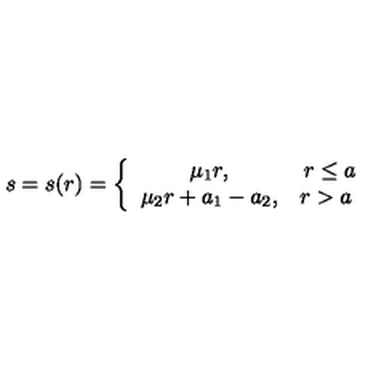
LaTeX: s = s ( r ) = \left\{ \begin{array} { c c } { \mu _ { 1 } r , } & { r \leq a } \\ { \mu _ { 2 } r + a _ { 1 } - a _ { 2 } , } & { r > a \ } \\ \end{array} \right.